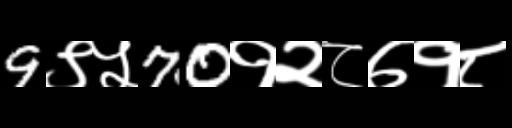
Text: 9९५70१२८७१८